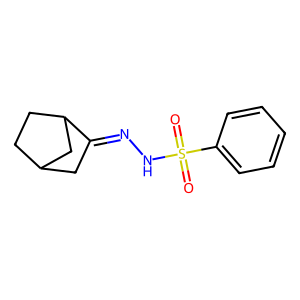
SMILES: O=S(=O)(NN=C1CC2CCC1C2)c1ccccc1
Inhibits HIV replication: No